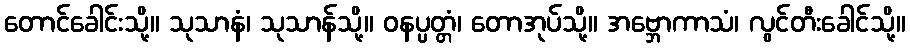
တောင်ခေါင်းသို့။ သုသာနံ၊ သုသာန်သို့။ ဝနပ္ပတ္တံ၊ တောအုပ်သို့။ အဗ္ဘောကာသံ၊ လွင်တီးခေါင်သို့။